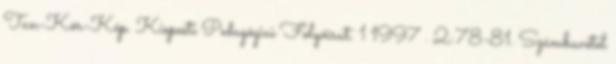
Tan-Kör-Kép. Kispesti Pedagógiai Folyóirat. 1 1997 . 2:78-81. Számbavétel